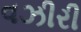
વઝીરી